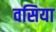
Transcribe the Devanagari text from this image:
वसिया